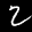
Label: 2